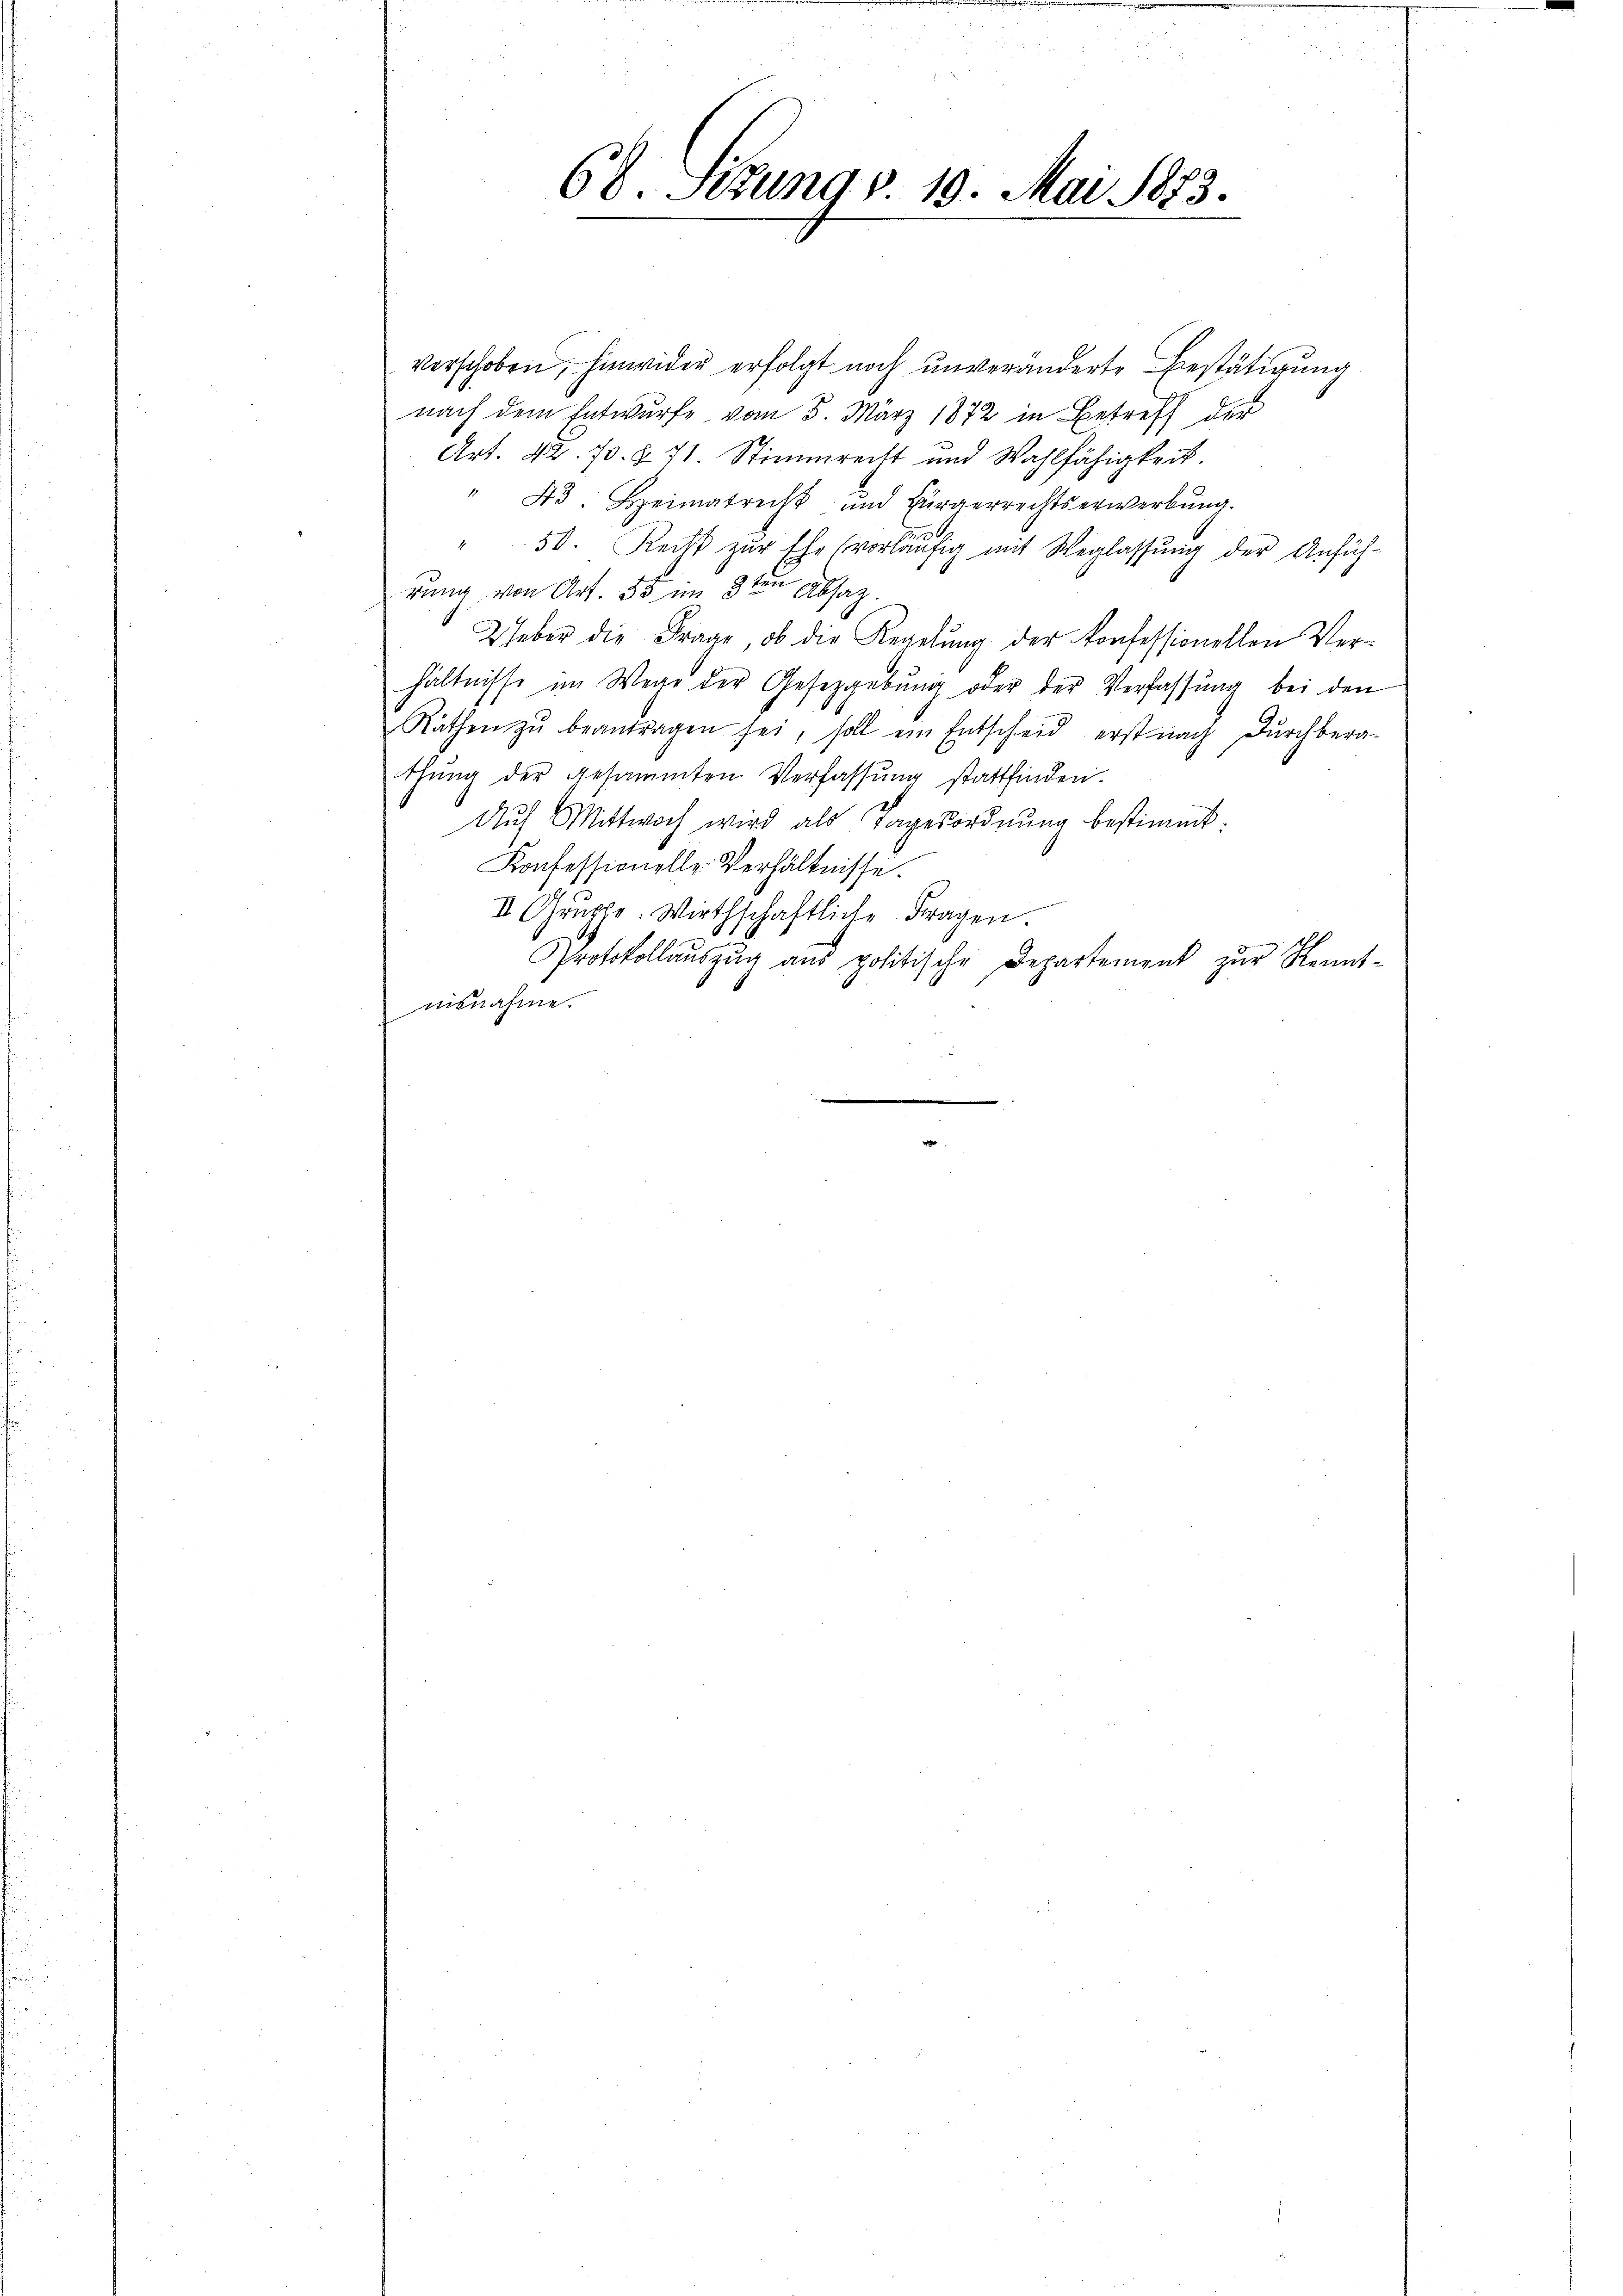
68. Situng § 19. Mai 1873.

verschoben, hinwider erfolgt noch unveränderte Bestätigung
nach dem Entwurfe vom 5. März 1872 in Betreff der
Art. 42. 70. § 71. Stimmrecht und Wahlfähigkeit.
43. Heimatricht und Bürgerrechtserwerbŭng.
" 50. Recht zŭr Ehe (vorläŭfig mit Weglassŭng der Anfüh-
rung von Art. 35 im 3ten Absaz
2 Heber die Frage, ob die Regelung der konfessionellen Ver-
hältnisse im Wege der Gesetzgebung oder der Verfassung bei den
Räthen zŭ beantragen sei, soll ein Entscheid erst nach dŭrchbera-
thung der gesammten Verfassung stattfinden.
Aŭf Mittwoch wird als Tagesordnŭng bestimmt:
Konfessionelle Verhältnisse.
II Gruppe. Wirthschaftliche Fragen.
Protokollaŭszŭg aŭs politische Departement zŭr Kennt-
misnahme.